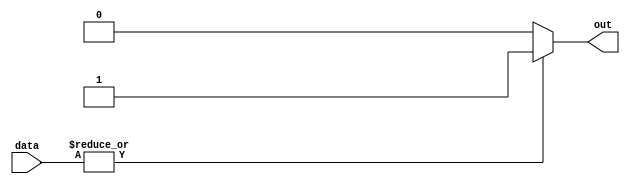
module OR_Gate(
  input [7:0] data,
  output reg out
);

always @(*) begin
  if (|data) begin
    out = 1;
  end else begin
    out = 0;
  end
end

endmodule